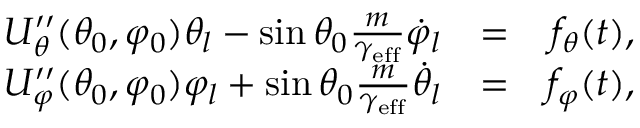
\begin{array} { r l r } { U _ { \theta } ^ { \prime \prime } ( \theta _ { 0 } , \varphi _ { 0 } ) \theta _ { l } - \sin \theta _ { 0 } \frac { m } { \gamma _ { \mathrm { e f f } } } \dot { \varphi } _ { l } } & { = } & { f _ { \theta } ( t ) , } \\ { U _ { \varphi } ^ { \prime \prime } ( \theta _ { 0 } , \varphi _ { 0 } ) \varphi _ { l } + \sin \theta _ { 0 } \frac { m } { \gamma _ { \mathrm { e f f } } } \dot { \theta } _ { l } } & { = } & { f _ { \varphi } ( t ) , } \end{array}